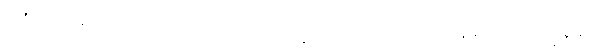
တစ်ထောင်နီးပါး ကာလ အတွင်းကရော ဘိက္ခုဆိုတဲ့ အမျိုးသား ရဟန်းများလို ဘိက္ခုနီဆိုတဲ့